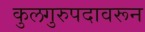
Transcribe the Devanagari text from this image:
कुलगुरुपदावरून